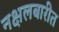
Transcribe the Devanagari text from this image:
नक्षलबारीत